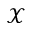
\mathcal { X }